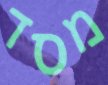
מסד